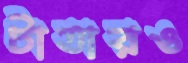
টাতারও